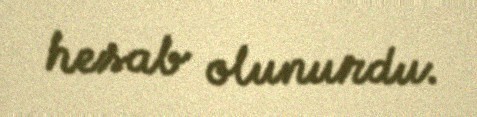
hesab olunurdu.